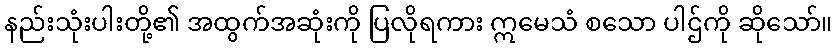
နည်းသုံးပါးတို့၏ အထွက်အဆုံးကို ပြလိုရကား ဣမေသံ စသော ပါဌ်ကို ဆိုသော်။